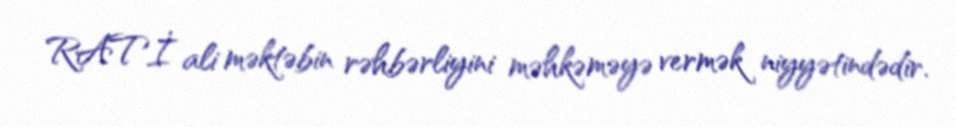
RATİ ali məktəbin rəhbərliyini məhkəməyə vermək niyyətindədir.